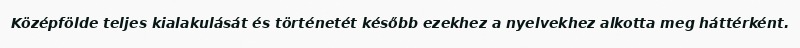
Középfölde teljes kialakulását és történetét később ezekhez a nyelvekhez alkotta meg háttérként.